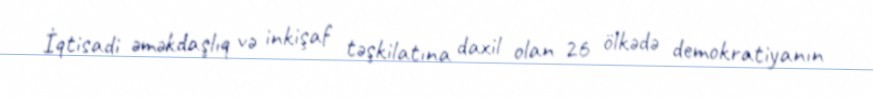
İqtisadi əməkdaşlıq və inkişaf təşkilatına daxil olan 26 ölkədə demokratiyanın